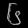
Digit: ၆